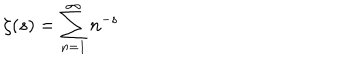
\zeta ( s ) = \sum _ { n = 1 } ^ { \infty } n ^ { - s }